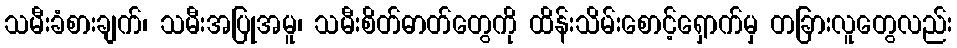
သမီးခံစားချက်၊ သမီးအပြုအမူ၊ သမီးစိတ်ဓာတ်တွေကို ထိန်းသိမ်းစောင့်ရှောက်မှ တခြားလူတွေလည်း